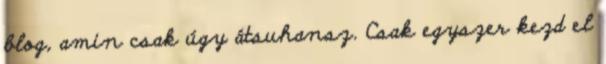
blog, amin csak úgy átsuhansz. Csak egyszer kezd el